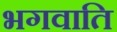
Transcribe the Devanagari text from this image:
भगवाति